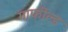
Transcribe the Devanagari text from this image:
गार्फील्ड